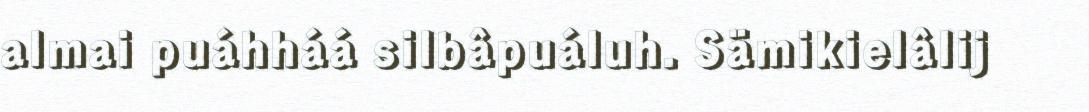
almai puáhháá silbâpuáluh. Sämikielâlij